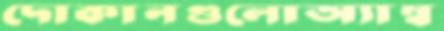
দোকানগুলোঅ্যাম্ব